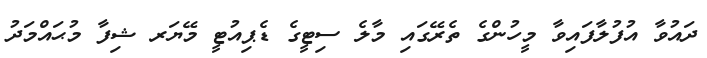
ދައުވާ އުފުލާފައިވާ މީހުންގެ ތެރޭގައި މާލެ ސިޓީގެ ޑެޕިއުޓީ މޭޔަރ ޝިފާ މުޙައްމަދު